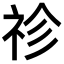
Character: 𥘼